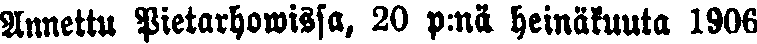
Annettu Pietarhowissa, 20 p:nä heinäkuuta 1906,